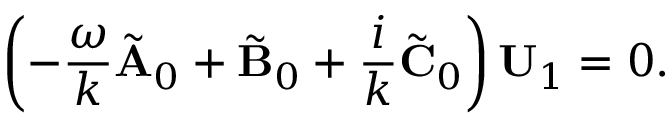
\left( - \frac { \omega } { k } \tilde { \mathbf { A } } _ { 0 } + \tilde { \mathbf { B } } _ { 0 } + \frac { i } { k } \tilde { \mathbf { C } } _ { 0 } \right) \mathbf { U } _ { 1 } = 0 .